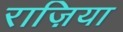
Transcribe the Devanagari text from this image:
राज़िया